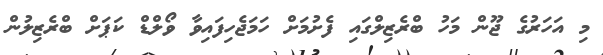
މި އަހަރުގެ ޖޫން މަހު ބްރެޒިލްގައި ފެށުމަށް ހަމަޖެހިފައިވާ ވޯލްޑް ކަޕަށް ބްރެޒިލުން